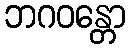
ဘဂဝန္တော